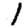
Digit: 1